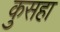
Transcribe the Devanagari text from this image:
कुसहा